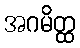
အဂမိတ္ထ